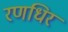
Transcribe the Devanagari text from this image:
रणधिर